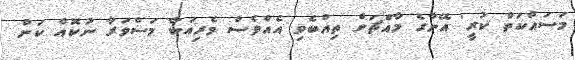
މަސައްކަތް ކުރީ' އޭނާގެ މާއްޗަށް ތިއްބެވި އެއްވެސް ވެރިއަކާ މަސްވަރާ ނުކޮއް ކަން